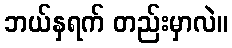
ဘယ်နှရက် တည်းမှာလဲ။